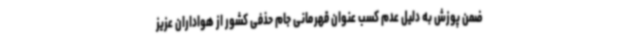
ضمن پوزش به دلیل عدم کسب عنوان قهرمانی جام حذفی کشور از هواداران عزیز